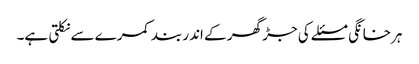
ہرخانگی مسئلے کی جڑ گھر کے اندر بند کمرے سے نکلتی ہے۔